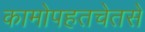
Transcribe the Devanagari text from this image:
कामोपहतचेतसे